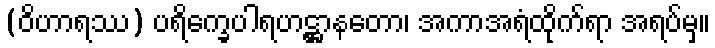
(ဝိဟာရဿ) ပရိက္ခေပါရဟဋ္ဌာနတော၊ အကာအရံထိုက်ရာ အရပ်မှ။